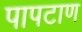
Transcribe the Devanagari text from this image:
पापटाण